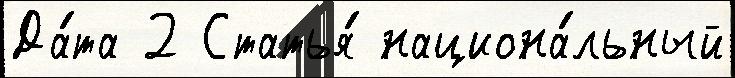
Да́та 2 Статья́ национа́льный